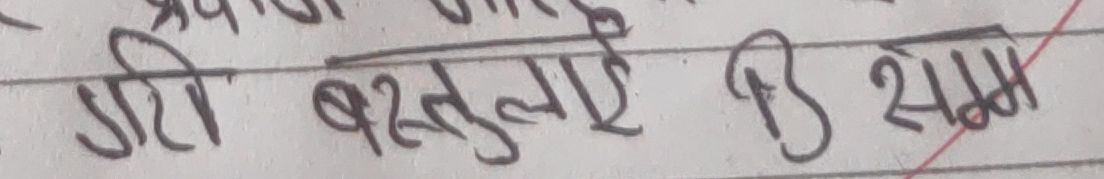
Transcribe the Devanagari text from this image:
गरी वस्तुलाई दि सक्छ।